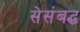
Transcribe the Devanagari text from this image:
सेसंबद्ध